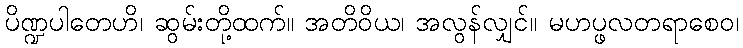
ပိဏ္ဍပါတေဟိ၊ ဆွမ်းတို့ထက်။ အတိဝိယ၊ အလွန်လျှင်။ မဟပ္ဖလတရာစေဝ၊